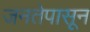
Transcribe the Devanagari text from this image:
जनतेपासून